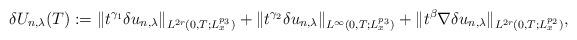
LaTeX: \begin{align*}\delta U_{n,\lambda}(T):= \|t^{\gamma_1}\delta u_{n,\lambda}\|_{L^{2r}(0,T;L^{p_3}_x)}+\|t^{\gamma_2}\delta u_{n,\lambda}\|_{L^{\infty}(0,T;L^{p_3}_x)}+\|t^{\beta}\nabla \delta u_{n,\lambda}\|_{L^{2r}(0,T;L^{p_2}_x)},\end{align*}